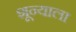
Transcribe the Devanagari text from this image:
शून्याला